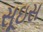
સૂઇસ